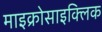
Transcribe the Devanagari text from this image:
माइक्रोसाइक्लिक